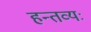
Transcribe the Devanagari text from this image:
हन्तव्यः